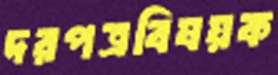
দরপত্রবিষয়ক